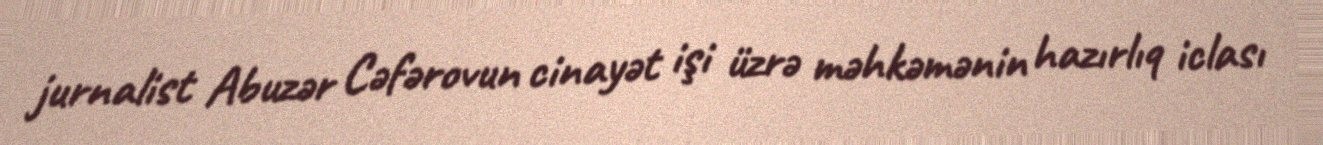
jurnalist Abuzər Cəfərovun cinayət işi üzrə məhkəmənin hazırlıq iclası